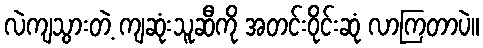
လဲကျသွားတဲ့ ကျဆုံးသူဆီကို အတင်းဝိုင်းဆုံ လာကြတာပဲ။